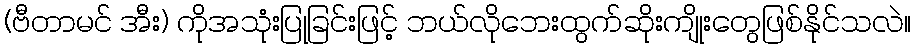
(ဗီတာမင် အီး) ကိုအသုံးပြုခြင်းဖြင့် ဘယ်လိုဘေးထွက်ဆိုးကျိုးတွေဖြစ်နိုင်သလဲ။